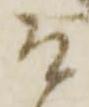
そ